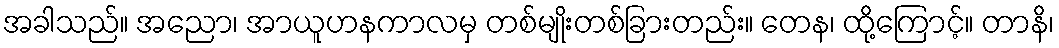
အခါသည်။ အညော၊ အာယူဟနကာလမှ တစ်မျိုးတစ်ခြားတည်း။ တေန၊ ထို့ကြောင့်။ တာနိ၊